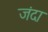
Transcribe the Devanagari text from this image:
जंदा